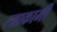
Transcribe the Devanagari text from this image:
त्याकामी